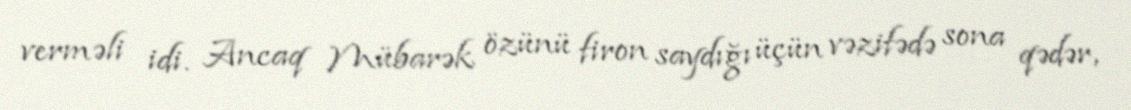
verməli idi. Ancaq Mübarək özünü firon saydığı üçün vəzifədə sona qədər,